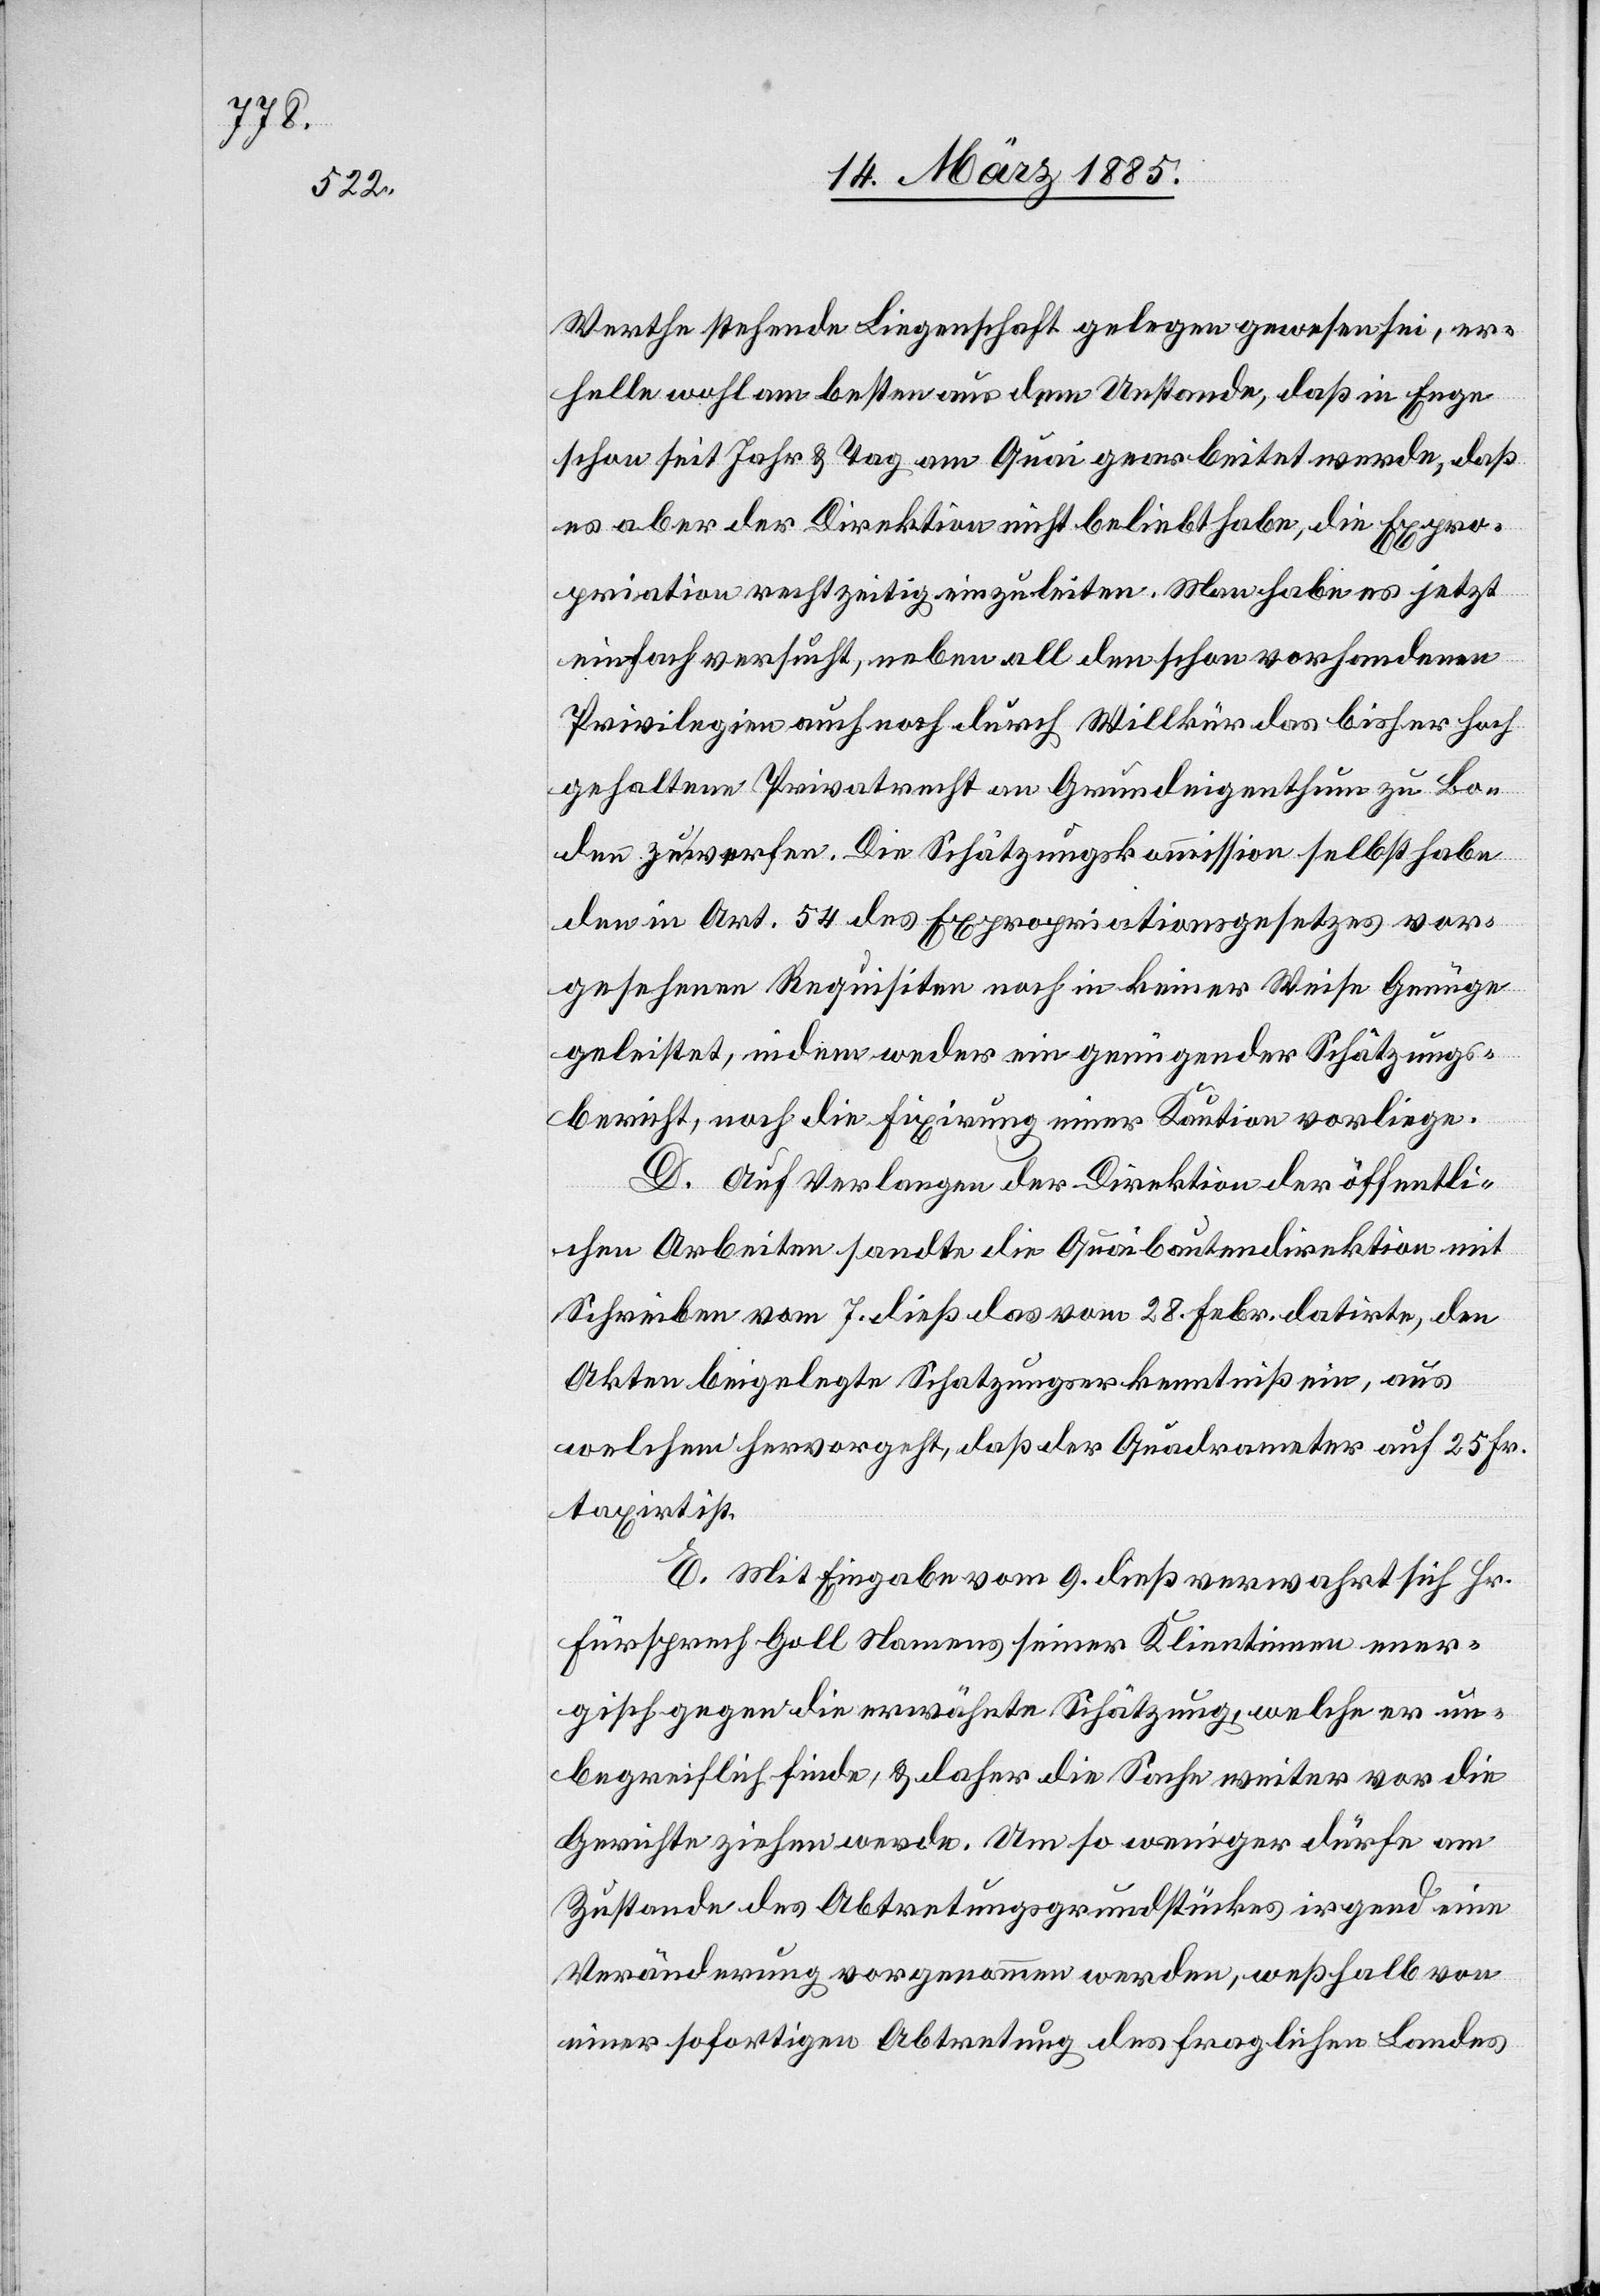
Werthe stehende Liegenschaft gelegen gewesen sei, er¬
helle wohl am besten aus dem Umstand, daß in Enge
schon seit Jahr & Tag am Quai gearbeitet werde, daß
es aber der Direktion nicht beliebt habe, die Expro¬
priation rechtzeitig einzuleiten. Man habe es jetzt
einfach versucht, neben all dem schon vorhandenen
Privilegien auch noch durch Willkür das bisher hoch
gehaltene Privatrecht an Grundeigenthum zu Bo¬
den zu werfen. Die Schätzungskommission selbst habe
den im Art. 54 des Expropriationsgesetzes vor¬
gesehenen Requisiten noch in keiner Weise genüge
geleistet, indem weder ein genügender Schätzungs¬
bericht, noch die Fixirung einer Kaution vorliege.
D. Auf Verlangen der Direktion der öffentli¬
chen Arbeiten sandte die Quaibautendirektion mit
Schreiben vom 7. dieß das vom 28. Febr. datirte, den
Akten beigelegte Schatzungskenntniß ein, aus
welchem hervorgeht, daß der Quadratmeter auf 25 Fr.
taxirt ist.
E. Mit Eingabe vom 9. dieß verwahrt sich Hr.
Fürsprech Goll Namens seiner Klientinnen ener¬
gisch gegen die erwähnte Schätzung, welche er un¬
begreiflich finde, & daher die Sache weiter vor die
Gerichte ziehen werde. Um so weniger dürfe am
Zustande des Abtretungsgrundstückes irgend eine
Veränderung vorgenommen werden, weßhalb von
einer sofortigen Abtretung des fraglichen Landes